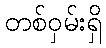
တစ်ဝှမ်းရှိ